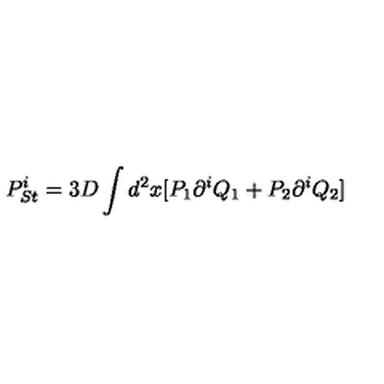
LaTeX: P _ { S t } ^ { i } = 3 D \int d ^ { 2 } x [ P _ { 1 } \partial ^ { i } Q _ { 1 } + P _ { 2 } \partial ^ { i } Q _ { 2 } ]